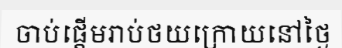
ចាប់ផ្តើមរាប់ថយក្រោយនៅថ្ងៃ